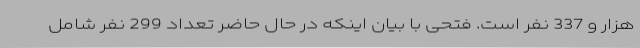
هزار و 337 نفر است. فتحی با بیان اینکه در حال حاضر تعداد 299 نفر شامل